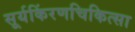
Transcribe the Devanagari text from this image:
सूर्यकिंरणचिकित्सा